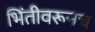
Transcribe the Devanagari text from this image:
भिंतीवरूनच